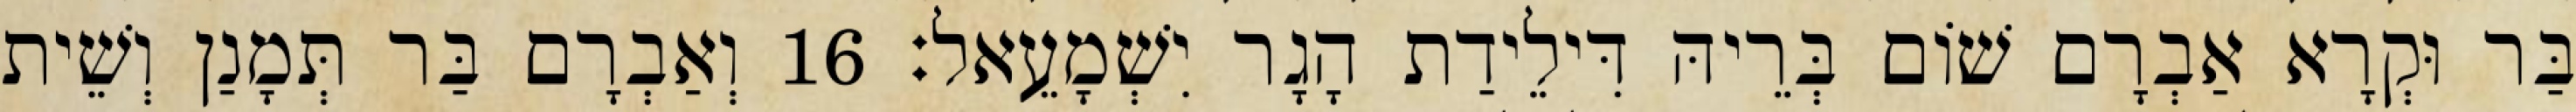
בַּר וּקְרָא אַבְרָם שׁוֹם בְּרֵיהּ דִּילֵידַת הָגָר יִשְׁמָעֵאל׃ 16 וְאַבְרָם בַּר תְּמָנַן וְשֵׁית